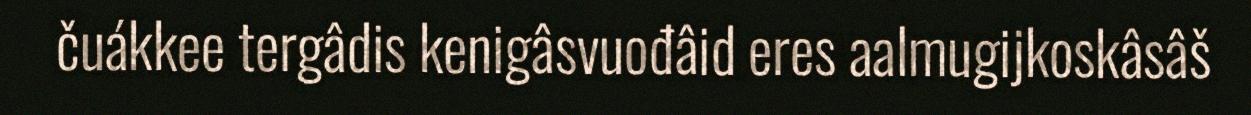
čuákkee tergâdis kenigâsvuođâid eres aalmugijkoskâsâš